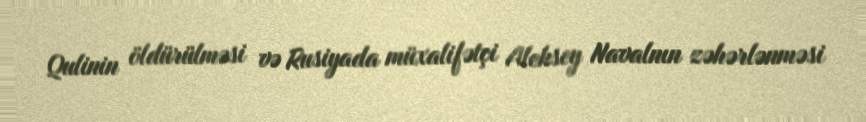
Qulinin öldürülməsi və Rusiyada müxalifətçi Aleksey Navalnın zəhərlənməsi